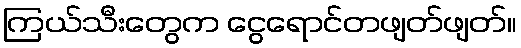
ကြယ်သီးတွေက ငွေရောင်တဖျတ်ဖျတ်။